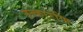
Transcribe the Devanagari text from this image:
तत्कारणि